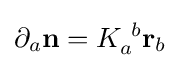
\partial _{a}\mathbf {n} =K_{a}^{~b}\mathbf {r} _{b}